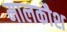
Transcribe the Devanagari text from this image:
मालकौश